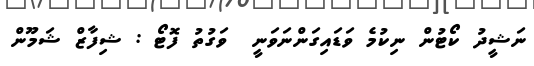
ނަޝީދު ކޯޓުން ނިކުމެ ވަޑައިގަންނަވަނީ  ވަގުތު ފޮޓޯ : ޝިފާޒް ޝަމޫން